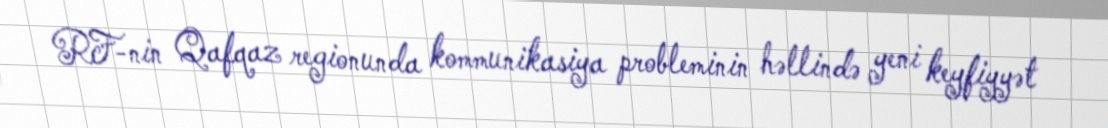
RF-nin Qafqaz regionunda kommunikasiya probleminin həllində yeni keyfiyyət